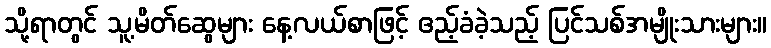
သို့ရာတွင် သူ့မိတ်ဆွေများ နေ့လယ်စာဖြင့် ဧည့်ခံခဲ့သည့် ပြင်သစ်အမျိုးသားများ။